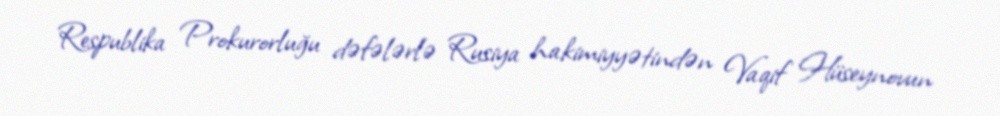
Respublika Prokurorluğu dəfələrlə Rusiya hakimiyyətindən Vaqif Hüseynovun